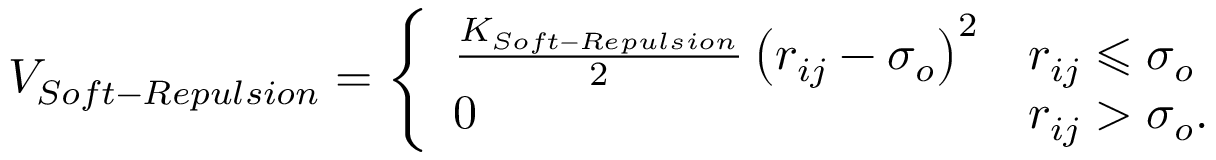
V _ { S o f t - R e p u l s i o n } = \left\{ \begin{array} { l l } { \frac { K _ { S o f t - R e p u l s i o n } } { 2 } \left( r _ { i j } - \sigma _ { o } \right) ^ { 2 } } & { r _ { i j } \leqslant \sigma _ { o } } \\ { 0 } & { r _ { i j } > \sigma _ { o } . } \end{array} \right.